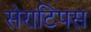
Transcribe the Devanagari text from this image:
सेराटिपस